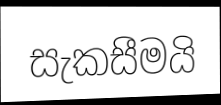
සැකසීමයි